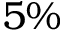
5 \%